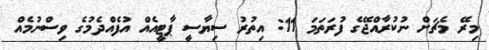
މިރޭ މެޗަށް ނުކުރާއްޖޭގެ ފުރަތަމަ 11: އިތުރު ސިޔާސީ ޕާޓީއެއް އުފެއްދެމުގެ ވިސްނުމެއް